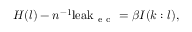
H ( l ) - n ^ { - 1 } \mathrm { l e a k } _ { \mathrm { ~ e ~ c ~ } } = \beta I ( k : l ) ,